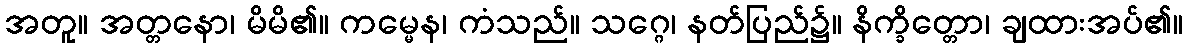
အတူ။ အတ္တနော၊ မိမိ၏။ ကမ္မေန၊ ကံသည်။ သဂ္ဂေ၊ နတ်ပြည်၌။ နိက္ခိတ္တော၊ ချထားအပ်၏။